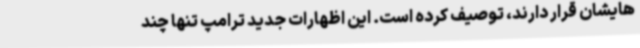
هایشان قرار دارند، توصیف کرده است. این اظهارات جدید ترامپ تنها چند